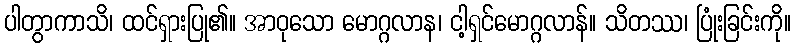
ပါတွာကာသိ၊ ထင်ရှားပြု၏။ အာဝုသော မောဂ္ဂလာန၊ ငါ့ရှင်မောဂ္ဂလာန်။ သိတဿ၊ ပြုံးခြင်းကို။